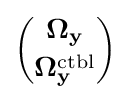
{\binom {\mathbf {\Omega _{y}} }{\mathbf {\Omega _{y}^{\text{ctbl}}} }}